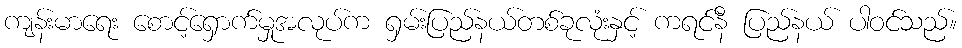
ကျန်းမာရေး စောင့်ရှောက်မှုအလုပ်က ရှမ်းပြည်နယ်တစ်ခုလုံးနှင့် ကရင်နီ ပြည်နယ် ပါဝင်သည်။